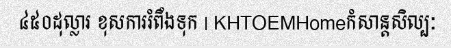
៤៥០ដុល្លារ ខុសការរំពឹងទុក | KHTOEMHomeកំសាន្តសិល្បៈ